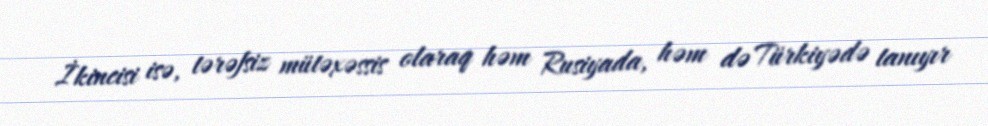
İkincisi isə, tərəfsiz mütəxəssis olaraq həm Rusiyada, həm də Türkiyədə tanıyır